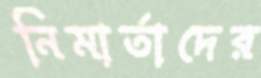
নিমার্তাদের